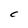
Character: C